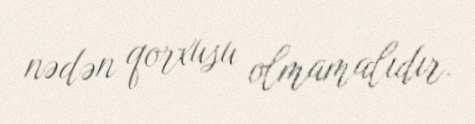
nədən qorxusu olmamalıdır.